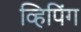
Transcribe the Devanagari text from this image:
व्हिपिंग